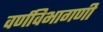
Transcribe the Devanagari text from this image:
वर्णविभागणी